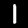
Label: 1